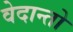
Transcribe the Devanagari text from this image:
वेदान्तो